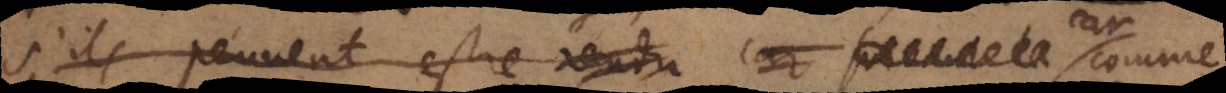
s’ils peuvent estre car comme